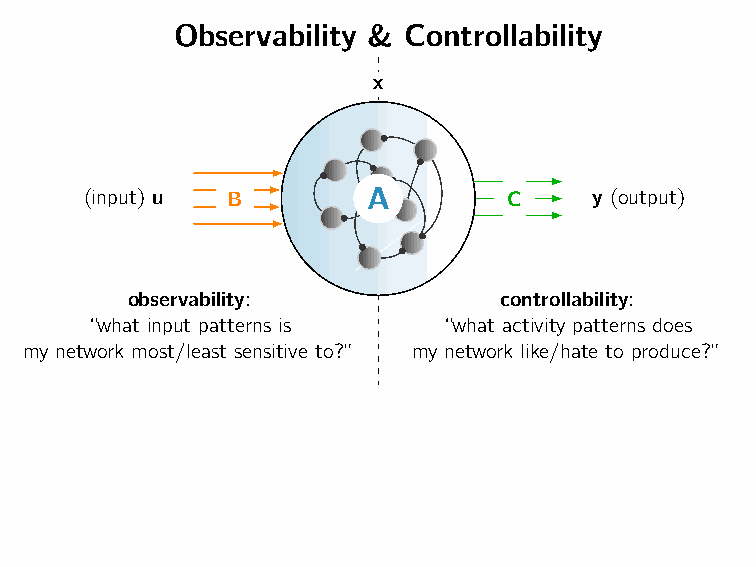
Observability & Controllability
 x
 (input) u B       A         C    y (output)
 observability:           controllability:
 “what input patterns is “what activity patterns does
 my network most/least sensitive to?” my network like/hate to produce?”